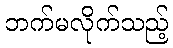
ဘက်မလိုက်သည့်